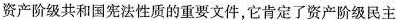
资产阶级共和国宪法性质的重要文件，它肯定了资产阶级民主